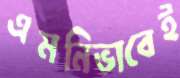
এমনিভাবেই